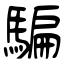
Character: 騙